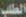
الطلب